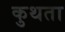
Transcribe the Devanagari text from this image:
कुथता